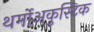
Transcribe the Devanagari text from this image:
थर्मोअकुस्टिक